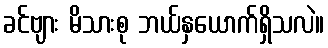
ခင်ဗျား မိသားစု ဘယ်နှယောက်ရှိသလဲ။